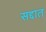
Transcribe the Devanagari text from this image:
सद्दात